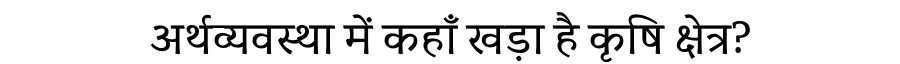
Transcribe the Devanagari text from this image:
अर्थव्यवस्था में कहाँ खड़ा है कृषि क्षेत्र?